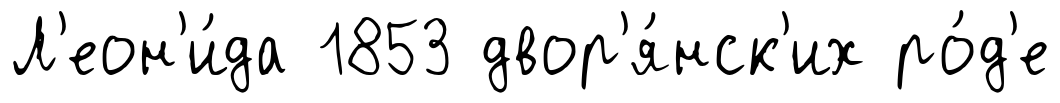
Л'еон'и́да 1853 двор'я́нск'их ро́д'е